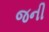
જની